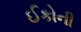
ઈકોની